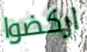
اركضوا